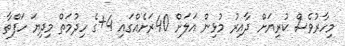
މިހާރުވެސް ކުރިޔަށް ދާއިރު މުޅިން އަލަށް 40ރަށެއްގައި 4+ގެ ހިދުމަތް މިދިޔަ ހަފްތާ